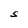
Character: S